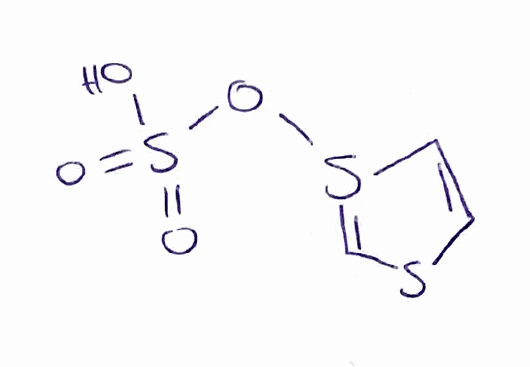
Simplified molecular-input line-entry system (SMILES) notation of the given molecule:
C1=CS(=CS1)OS(=O)(=O)O